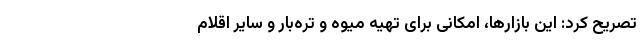
تصریح کرد: این بازارها، امکانی برای تهیه میوه و تره‌بار و سایر اقلام